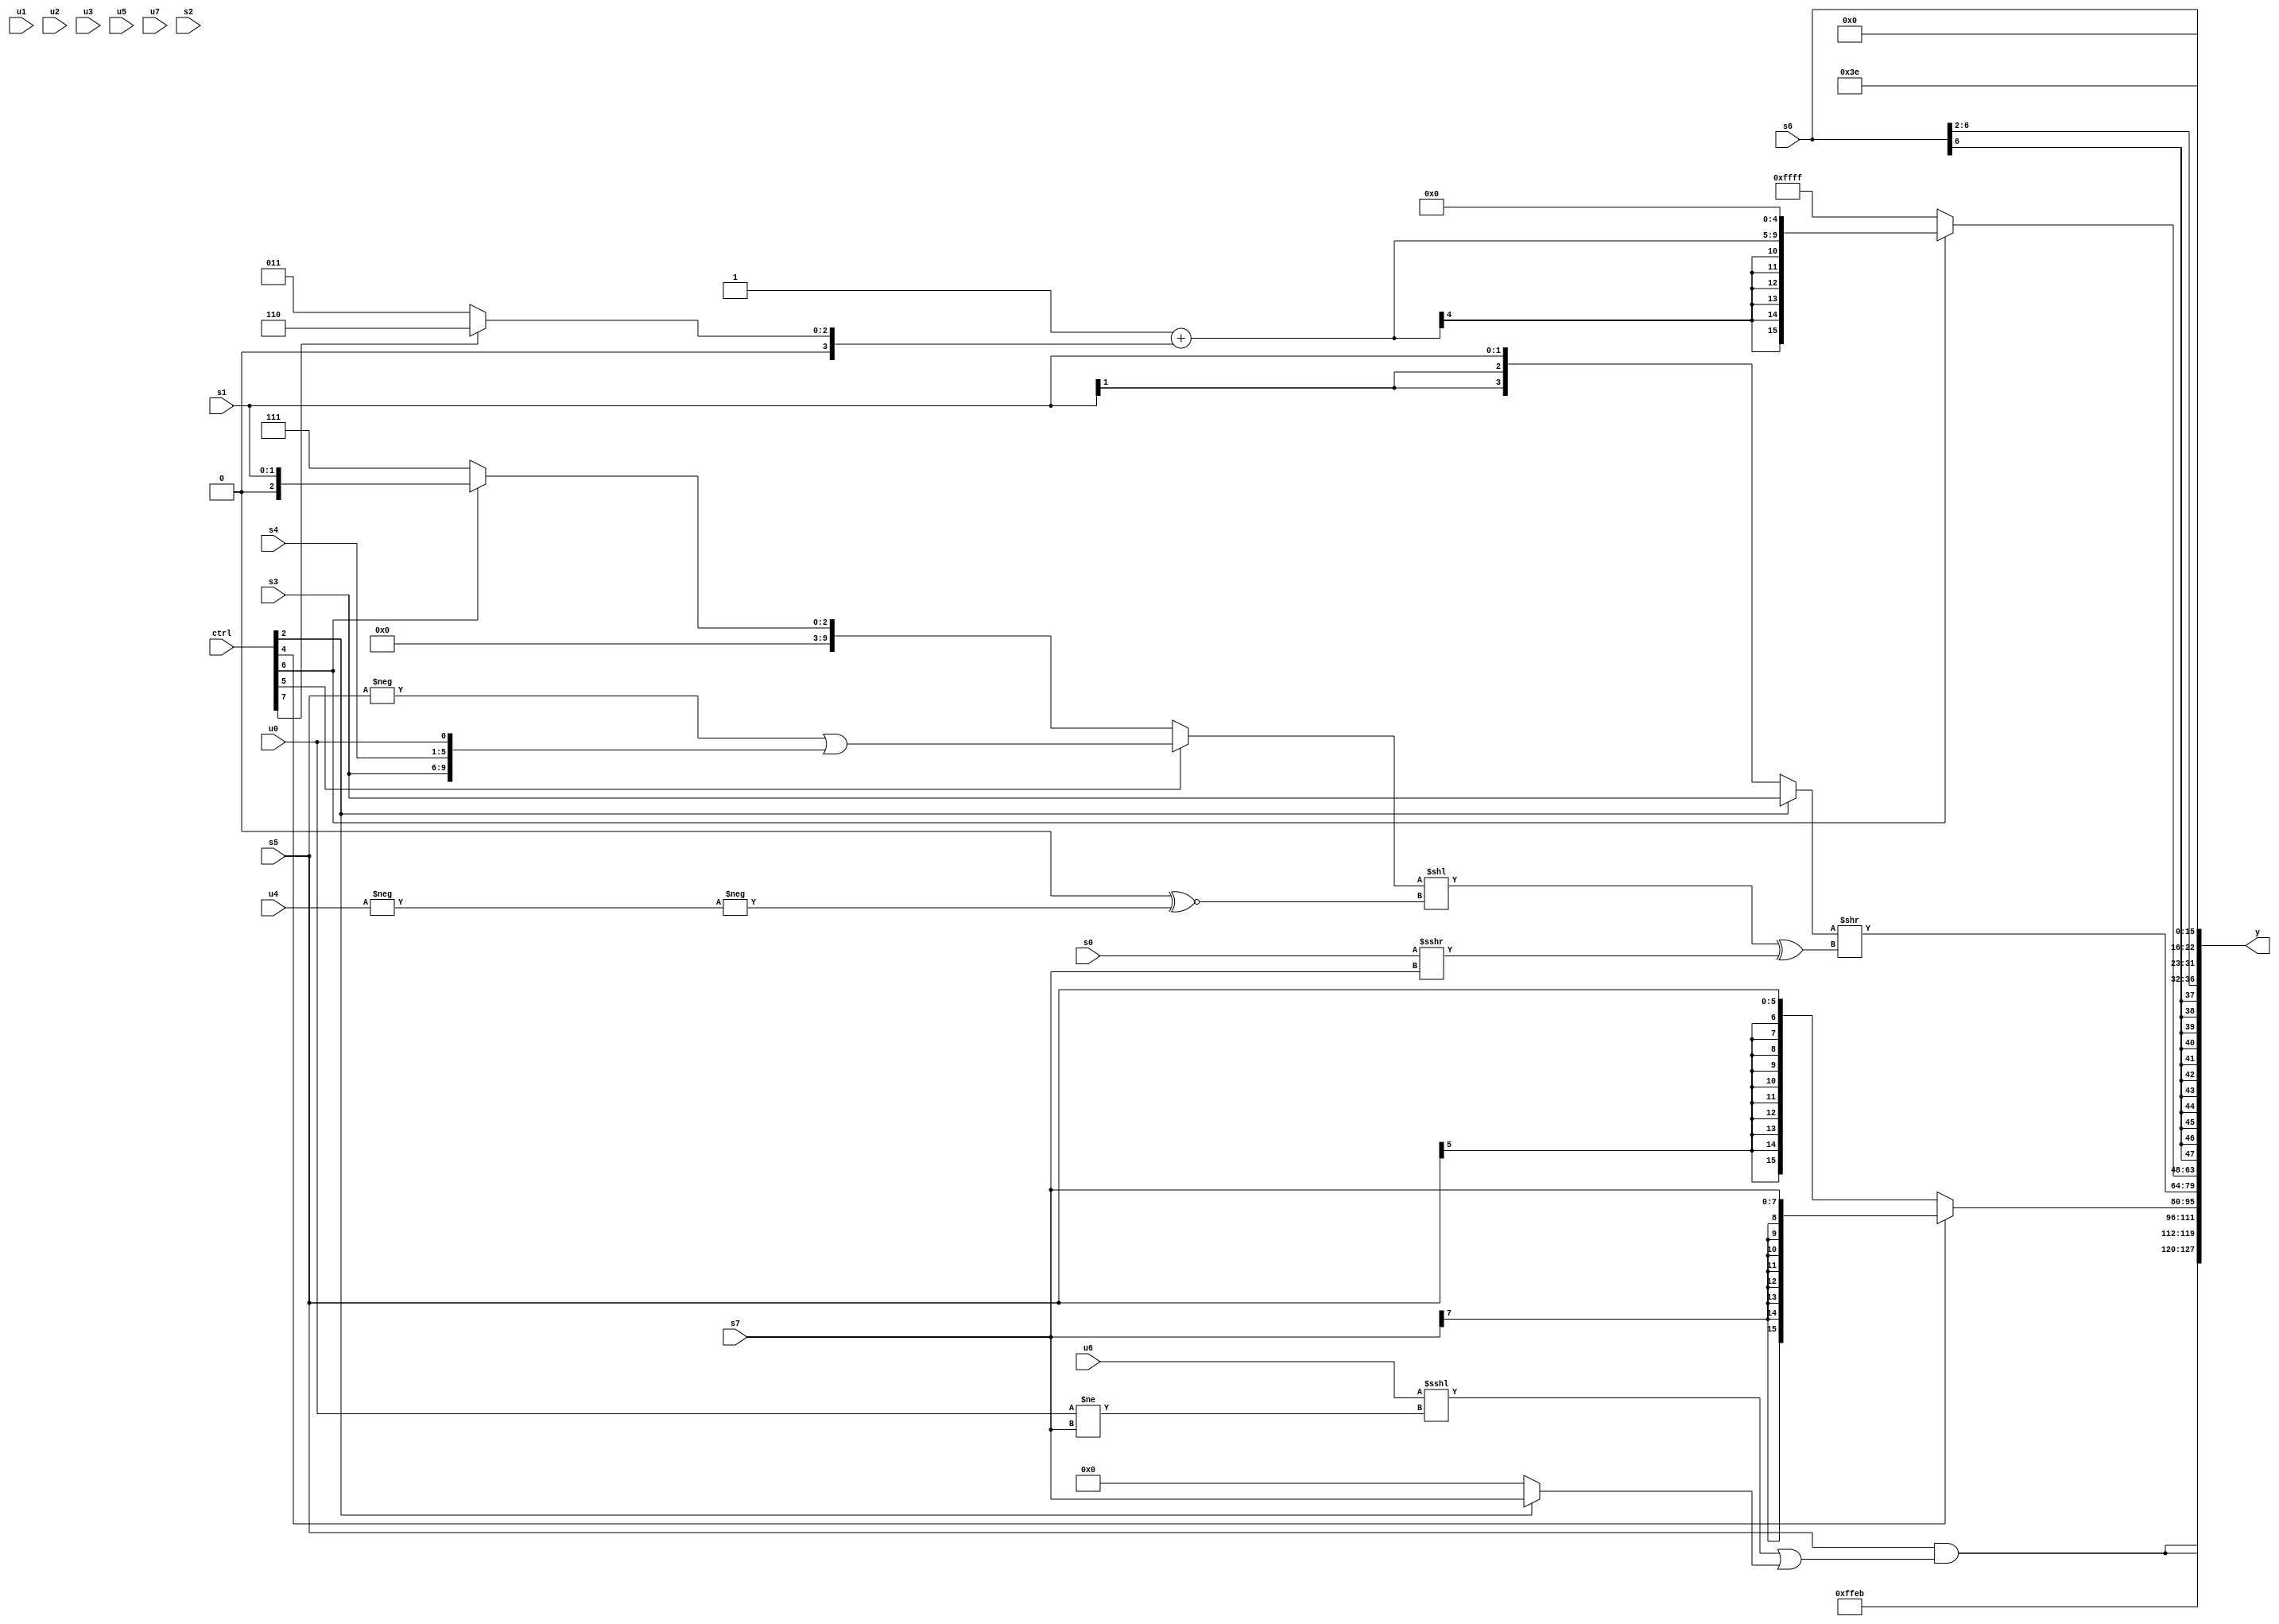
module wideexpr_00215(ctrl, u0, u1, u2, u3, u4, u5, u6, u7, s0, s1, s2, s3, s4, s5, s6, s7, y);
  input [7:0] ctrl;
  input [0:0] u0;
  input [1:0] u1;
  input [2:0] u2;
  input [3:0] u3;
  input [4:0] u4;
  input [5:0] u5;
  input [6:0] u6;
  input [7:0] u7;
  input signed [0:0] s0;
  input signed [1:0] s1;
  input signed [2:0] s2;
  input signed [3:0] s3;
  input signed [4:0] s4;
  input signed [5:0] s5;
  input signed [6:0] s6;
  input signed [7:0] s7;
  output [127:0] y;
  wire [15:0] y0;
  wire [15:0] y1;
  wire [15:0] y2;
  wire [15:0] y3;
  wire [15:0] y4;
  wire [15:0] y5;
  wire [15:0] y6;
  wire [15:0] y7;
  assign y = {y0,y1,y2,y3,y4,y5,y6,y7};
  assign y0 = {2{(s5)&(((+(u6))<<<((u0)!=(s7)))|((ctrl[2]?s7:3'sb000)))}};
  assign y1 = 6'sb101011;
  assign y2 = (ctrl[4]?s7:$signed(s5));
  assign y3 = ((ctrl[2]?s3:s1))>>(+($signed((((ctrl[5]?+((-(s5))|({s3,s4,u0})):+((ctrl[6]?s1:4'sb0111))))<<((-((3'sb101)>>>($signed(3'sb011))))^~(-(-(u4)))))^((s0)>>>(s7)))));
  assign y4 = (ctrl[6]?+((($signed(+(1'sb1)))+($signed((ctrl[7]?5'b00110:4'sb0011))))<<<(3'sb101)):$signed(1'sb1));
  assign y5 = (s6)>>>(4'b0010);
  assign y6 = {1{s6}};
  assign y7 = 6'b111110;
endmodule